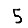
Digit: 5